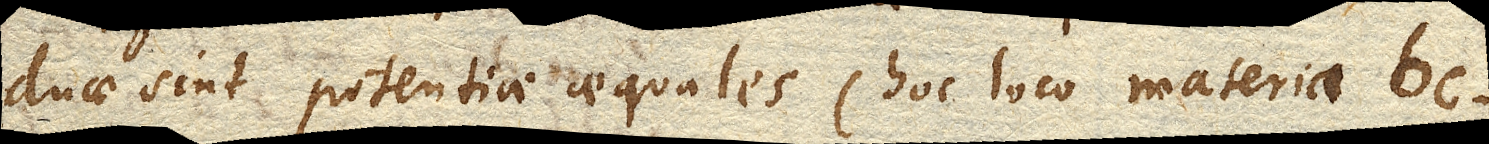
duae sint potentiae aequales (hoc loco materia bc.